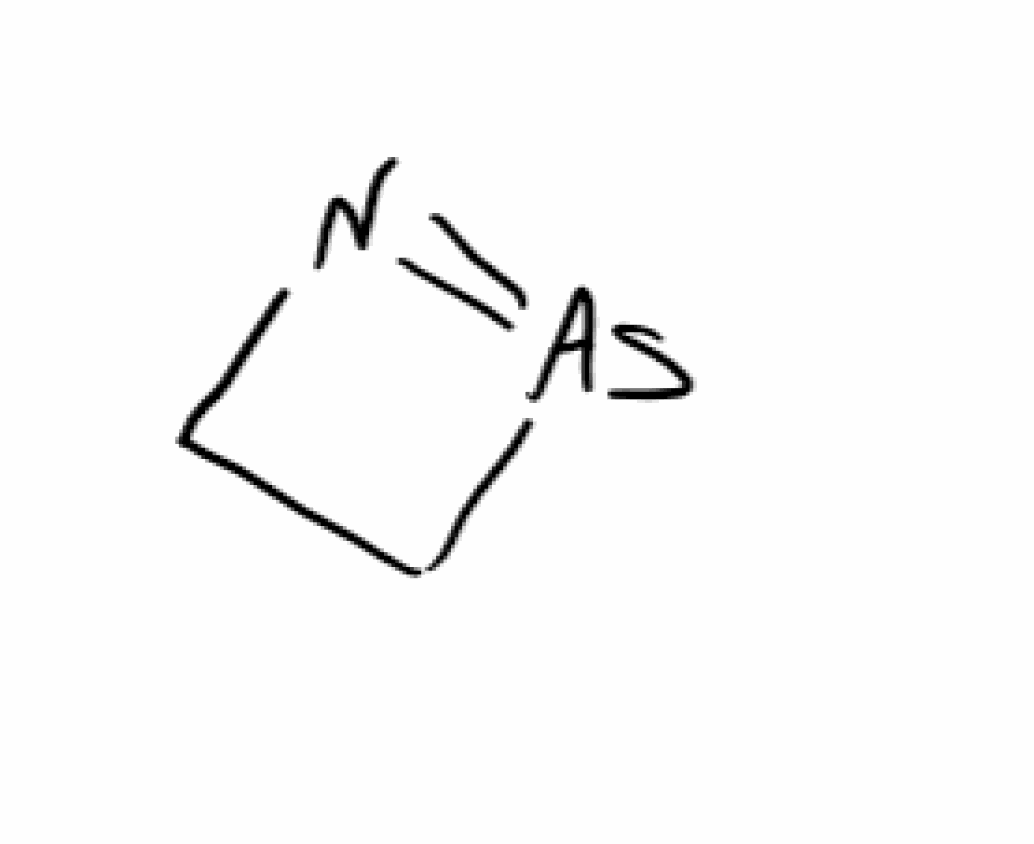
Simplified molecular-input line-entry system (SMILES) notation of the given molecule:
C1C[As]=N1